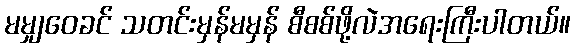
မမျှဝေခင် သတင်းမှန်မမှန် စီစစ်ဖို့လဲအရေးကြီးပါတယ်။